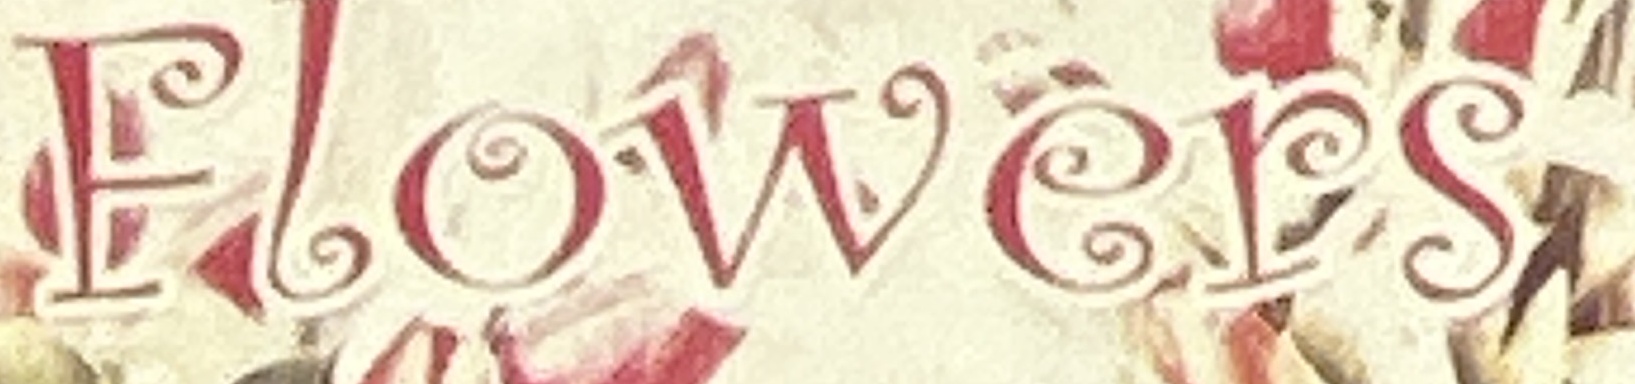
Flowers